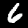
Label: 6